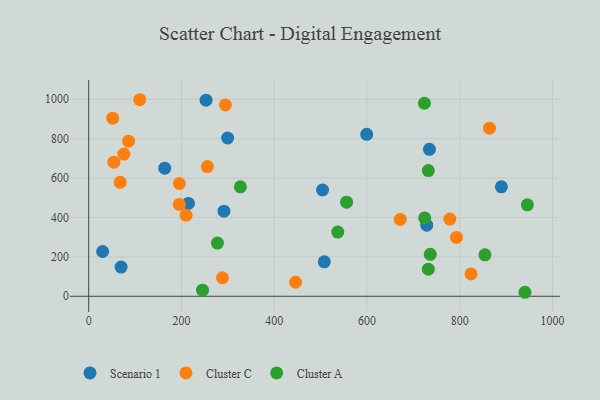
{"axis": {"x": "Investment", "y": "Demand"}, "legend": ["Cluster A", "Cluster C", "Scenario 1"], "data": [{"x": "508.0", "y": 175.0, "type": "Scenario 1"}, {"x": "163.9", "y": 650.5, "type": "Scenario 1"}, {"x": "69.8", "y": 148.0, "type": "Scenario 1"}, {"x": "734.6", "y": 746.2, "type": "Scenario 1"}, {"x": "253.0", "y": 995.3, "type": "Scenario 1"}, {"x": "291.6", "y": 432.1, "type": "Scenario 1"}, {"x": "504.2", "y": 539.6, "type": "Scenario 1"}, {"x": "30.0", "y": 227.3, "type": "Scenario 1"}, {"x": "215.0", "y": 471.5, "type": "Scenario 1"}, {"x": "299.5", "y": 803.4, "type": "Scenario 1"}, {"x": "889.8", "y": 555.6, "type": "Scenario 1"}, {"x": "599.4", "y": 821.9, "type": "Scenario 1"}, {"x": "728.8", "y": 361.0, "type": "Scenario 1"}, {"x": "778.7", "y": 392.0, "type": "Cluster C"}, {"x": "824.3", "y": 113.3, "type": "Cluster C"}, {"x": "864.2", "y": 853.2, "type": "Cluster C"}, {"x": "294.8", "y": 971.1, "type": "Cluster C"}, {"x": "75.8", "y": 722.1, "type": "Cluster C"}, {"x": "792.9", "y": 298.9, "type": "Cluster C"}, {"x": "195.4", "y": 572.5, "type": "Cluster C"}, {"x": "195.3", "y": 466.2, "type": "Cluster C"}, {"x": "288.4", "y": 94.1, "type": "Cluster C"}, {"x": "54.3", "y": 681.0, "type": "Cluster C"}, {"x": "86.0", "y": 787.5, "type": "Cluster C"}, {"x": "110.1", "y": 997.8, "type": "Cluster C"}, {"x": "51.7", "y": 904.3, "type": "Cluster C"}, {"x": "446.0", "y": 71.2, "type": "Cluster C"}, {"x": "255.8", "y": 658.4, "type": "Cluster C"}, {"x": "67.9", "y": 578.7, "type": "Cluster C"}, {"x": "671.7", "y": 390.3, "type": "Cluster C"}, {"x": "210.0", "y": 411.2, "type": "Cluster C"}, {"x": "556.0", "y": 477.7, "type": "Cluster A"}, {"x": "537.0", "y": 325.8, "type": "Cluster A"}, {"x": "277.6", "y": 270.0, "type": "Cluster A"}, {"x": "732.3", "y": 638.2, "type": "Cluster A"}, {"x": "723.8", "y": 979.9, "type": "Cluster A"}, {"x": "245.4", "y": 31.0, "type": "Cluster A"}, {"x": "724.4", "y": 397.5, "type": "Cluster A"}, {"x": "327.1", "y": 555.5, "type": "Cluster A"}, {"x": "940.6", "y": 20.3, "type": "Cluster A"}, {"x": "736.4", "y": 213.1, "type": "Cluster A"}, {"x": "854.3", "y": 210.6, "type": "Cluster A"}, {"x": "945.8", "y": 464.1, "type": "Cluster A"}, {"x": "732.3", "y": 137.6, "type": "Cluster A"}]}